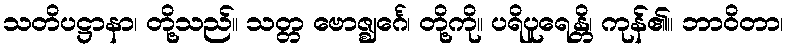
သတိပဋ္ဌာနာ၊ တို့သည်။ သတ္တ ဗောဇ္ဈင်္ဂေ၊ တို့ကို။ ပရိပူရေန္တိ၊ ကုန်၏။ ဘာဝိတာ၊